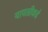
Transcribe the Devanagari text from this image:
यापल्रीकडे